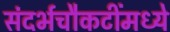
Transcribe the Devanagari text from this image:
संदर्भचौकटींमध्ये